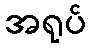
အရုပ်